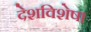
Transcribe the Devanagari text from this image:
देशविशेष।